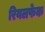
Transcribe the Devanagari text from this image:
रियलफेक